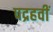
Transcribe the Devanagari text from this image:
पद्रहवीं